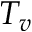
T _ { v }